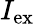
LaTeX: I_{\mathrm{ex}}